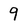
Character: 9